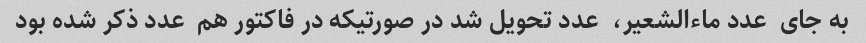
به جای  عدد ماءالشعیر،  عدد تحویل شد در صورتیکه در فاکتور هم  عدد ذکر شده بود